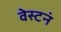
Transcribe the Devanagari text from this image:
वेस्टनं